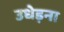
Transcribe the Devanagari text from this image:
उधेड़ना